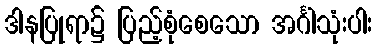
ဒါနပြုရာ၌ ပြည့်စုံစေသော အင်္ဂါသုံးပါး